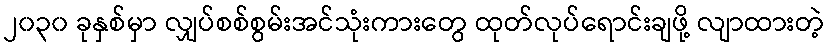
၂၀၃၀ ခုနှစ်မှာ လျှပ်စစ်စွမ်းအင်သုံးကားတွေ ထုတ်လုပ်ရောင်းချဖို့ လျာထားတဲ့